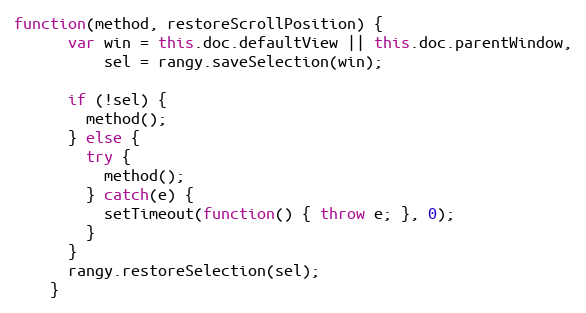
Language: JavaScript
function(method, restoreScrollPosition) {
      var win = this.doc.defaultView || this.doc.parentWindow,
          sel = rangy.saveSelection(win);

      if (!sel) {
        method();
      } else {
        try {
          method();
        } catch(e) {
          setTimeout(function() { throw e; }, 0);
        }
      }
      rangy.restoreSelection(sel);
    }